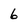
Character: 6